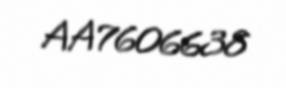
AA7606638